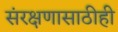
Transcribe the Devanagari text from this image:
संरक्षणासाठीही